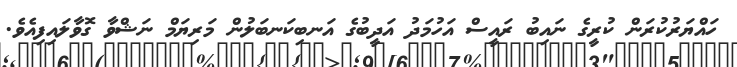
ހައްޔަރުކުރަން ކުރީގެ ނައިބު ރައީސް އަހުމަދު އަދީބުގެ އަނބިކަނބަލުން މަރިޔަމް ނަޝްވާ ގޮވާލައިފިއެވެ.